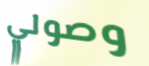
وصولي